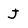
Character: J